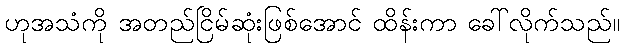
ဟုအသံကို အတည်ငြိမ်ဆုံးဖြစ်အောင် ထိန်းကာ ခေါ်လိုက်သည်။